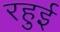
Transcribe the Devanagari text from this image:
रहुई